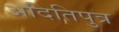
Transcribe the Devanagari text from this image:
अदितिपुत्र